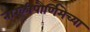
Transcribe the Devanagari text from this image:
नारळीपौर्णिमेच्या